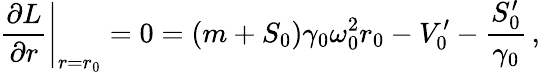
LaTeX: \left.{\frac{\partial L}{\partial r}}\right|_{r=r_{0}}=0=(m+S_{0})\gamma_{0}\omega_{0}^{2}r_{0}-V_{0}^{\prime}-{\frac{S_{0}^{\prime}}{\gamma_{0}}}\, ,